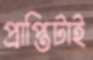
প্রাপ্তিটাই